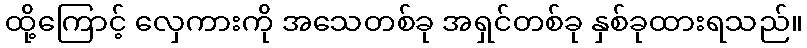
ထို့ကြောင့် လှေကားကို အသေတစ်ခု အရှင်တစ်ခု နှစ်ခုထားရသည်။